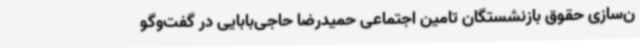
ن‌سازی حقوق بازنشستگان تامین اجتماعی حمیدرضا حاجی‌بابایی در گفت‌وگو